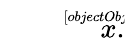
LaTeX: {\sqrt[[objectObject]]{x}}.